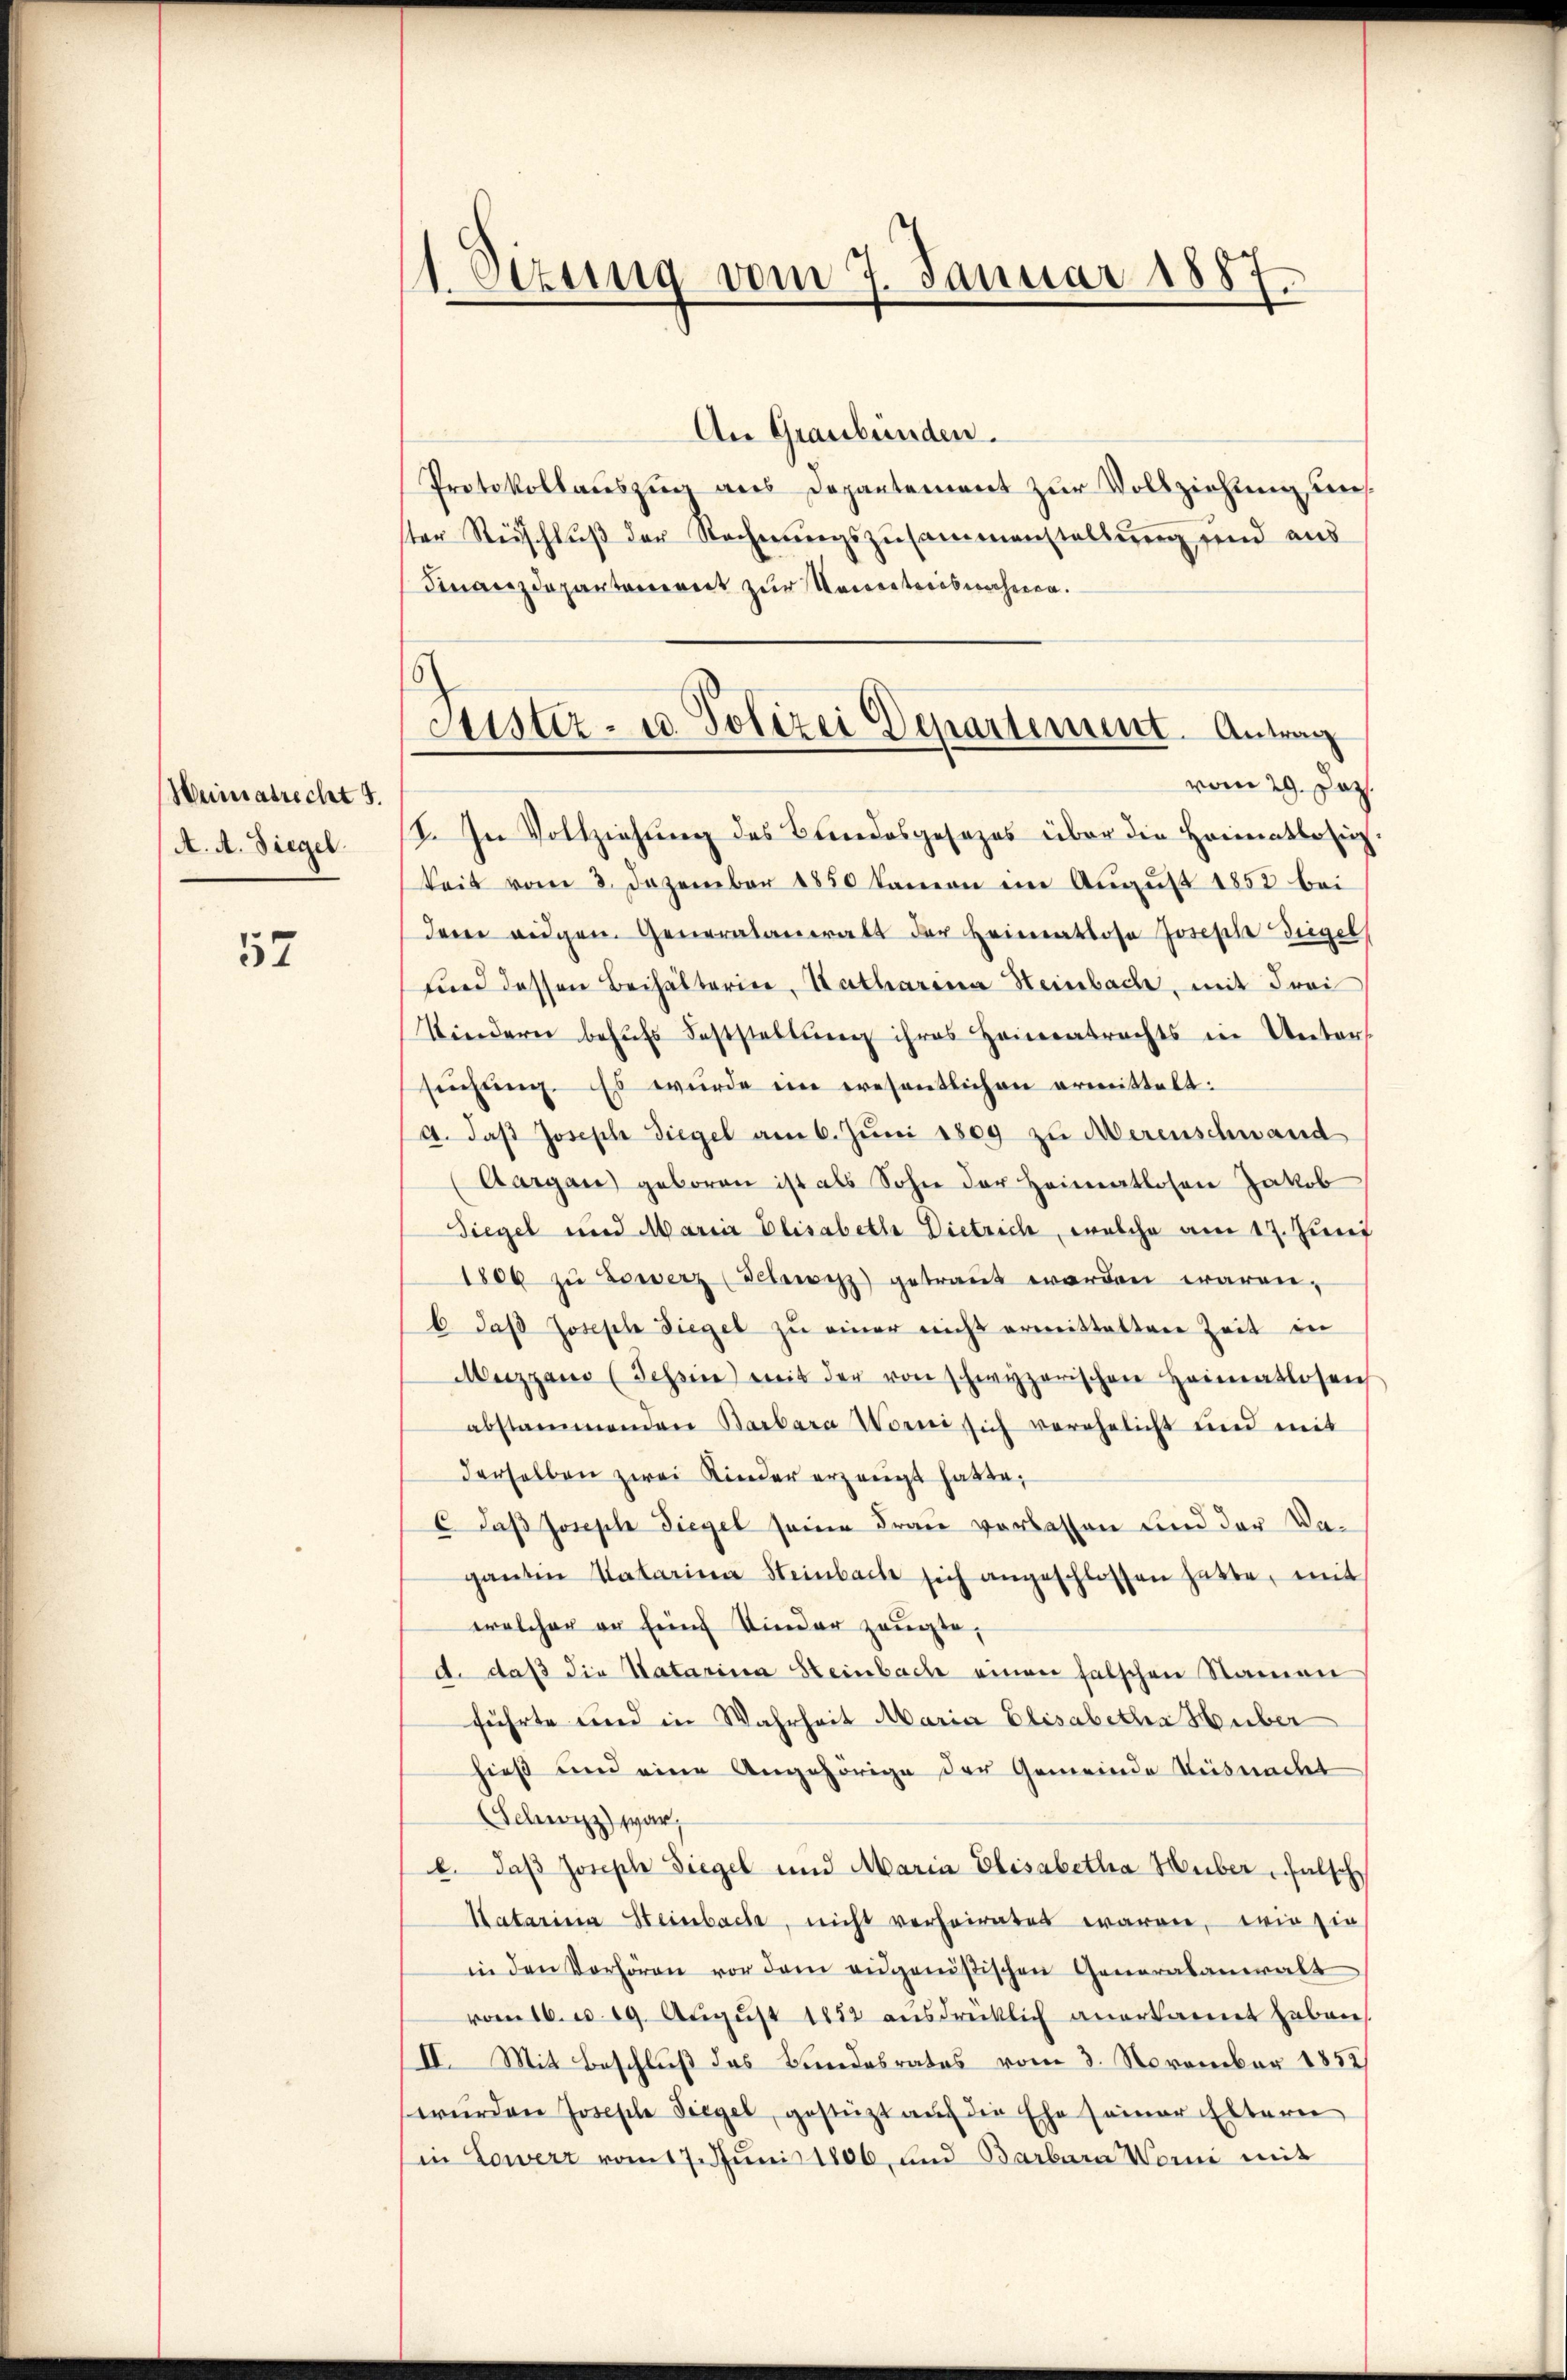
Heimatrecht d.
A. A. Siegel.

57

1. Setzung vom 7. Januar 1887
t

Justiz- u. Polizei Departement. Antrag
vom 29. Dez.

An Graubünden.
Protokollauszug aus Departement zur Vollziehung unster Reischluß der Rechnungszusammenstellung und aus
Finanzdeparteniret zur Naivertriebnahmen.
I. In Vollziehung des Bundesgesezes über die Heimatlosig
keit vom 8. Dezember 1850 kamen im August 1852 bei
dem eidgen. Generalameratt der Heimatlose Joseph Siegel
und dessen Beihalterin, Katharina Heinbache, mit Frei
Kindern behufs Feststaltung ihres Heimatrechts in Unters
suchung. Es wurde im wesentlichen ermittelt:
A. daβ Joseph Siegel am 6. Juni 1809 zu Merenschwand
(Aargau geboren ist als Sohn der Heimatlosen Jakob
Siegel und Maria Elisabetha Dietrich, welche am 17. Juni
1806 zŭ bewerz (Tetewitz getraut werden waren,
b. daβ Joseph Siegel zŭ einer nicht ermittalten Zeit in
Mezgano (Scheine mit der von schwyzerischen Heimatlosen
abstammenden Barbara Worni sich verehelicht und mit
derselben zwei Kinder erzeugt hatte,
Jaß Joseph Siegel seine Frau verlassen und der Vaganten Natarie Steinbach sich angeschlossen hatte, mit
welcher er fünf Kinder zeugte,
d. daß die Natarina Heinbach einen falschen Namen
führte und in Wahrheit Maria Elisabetha Huber
hieß und eine Angehörige der Gemeinde Küsnacht
(Schwizz) war,
e. daß Joseph Siegel und Maria Elisabetha Huber, falsch
Katarina Steinbache, nicht verheiratet waren, wie sie
in den Verhören vor dem eidgenößischen Generalanwalt
vom 16. u. 19. Aŭgŭst 1882 aŭsdrücklich anerkannt haben
II. Mit Beschluß des Bundesrates vom 3. November 1852
würden Josepha Siegel, gestützt aŭf die Ehe seiner Eltern
in Lowerz vom 17. Juni 1806, und Barbara Wonne mit